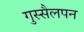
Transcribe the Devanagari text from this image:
गुस्सैलपन